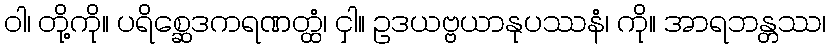
ဝါ၊ တို့ကို။ ပရိစ္ဆေဒကရဏတ္ထံ၊ ငှါ။ ဥဒယဗ္ဗယာနုပဿနံ၊ ကို။ အာရဘန္တဿ၊